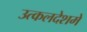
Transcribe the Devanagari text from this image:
उत्कलदेशमे